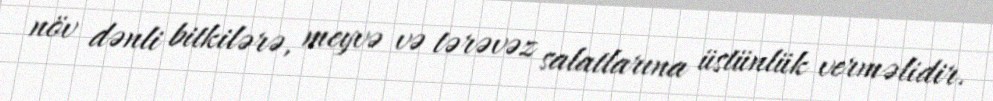
növ dənli bitkilərə, meyvə və tərəvəz salatlarına üstünlük verməlidir.